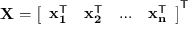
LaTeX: \mathbf { X } = { \left[ \begin{array} { l l l l } { \mathbf { x _ { 1 } ^ { \mathsf { T } } } } & { \mathbf { x _ { 2 } ^ { \mathsf { T } } } } & { \dots } & { \mathbf { x _ { n } ^ { \mathsf { T } } } } \end{array} \right] } ^ { \mathsf { T } }